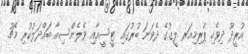
އުރީދޫ ދިވެހި ޕްރިމިއަރ ލީގުގެ ދެވަނަ ބުރުގައި ޓީސީއާއި ވެލެންސިއާ ބައްދަލުކުރި މެޗު